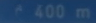
^{\mathrm{c}}400